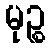
မုဉ္စ